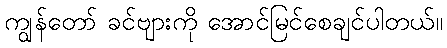
ကျွန်တော် ခင်ဗျားကို အောင်မြင်စေချင်ပါတယ်။